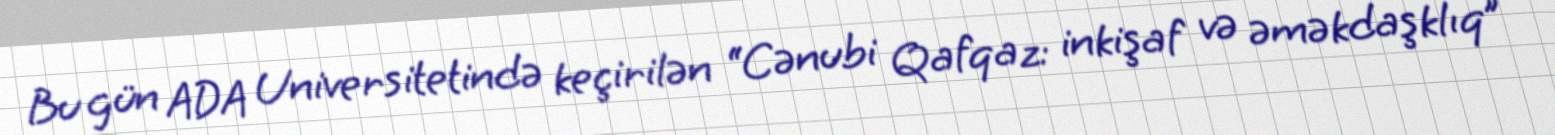
Bu gün ADA Universitetində keçirilən “Cənubi Qafqaz: inkişaf və əməkdaşklıq”